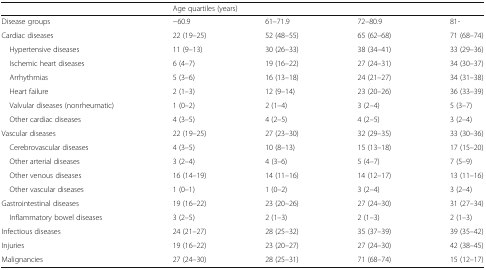
<table><thead><tr><td></td><td colspan="4"><b>Age quartiles (years)</b></td></tr></thead><tbody><tr><td>Disease groups</td><td>−60.9</td><td>61–71.9</td><td>72–80.9</td><td>81-</td></tr><tr><td>Cardiac diseases</td><td>22 (19–25)</td><td>52 (48–55)</td><td>65 (62–68)</td><td>71 (68–74)</td></tr><tr><td> Hypertensive diseases</td><td>11 (9–13)</td><td>30 (26–33)</td><td>38 (34–41)</td><td>33 (29–36)</td></tr><tr><td> Ischemic heart diseases</td><td>6 (4–7)</td><td>19 (16–22)</td><td>27 (24–31)</td><td>34 (30–37)</td></tr><tr><td> Arrhythmias</td><td>5 (3–6)</td><td>16 (13–18)</td><td>24 (21–27)</td><td>34 (31–38)</td></tr><tr><td> Heart failure</td><td>2 (1–3)</td><td>12 (9–14)</td><td>23 (20–26)</td><td>36 (33–39)</td></tr><tr><td> Valvular diseases (nonrheumatic)</td><td>1 (0–2)</td><td>2 (1–4)</td><td>3 (2–4)</td><td>5 (3–7)</td></tr><tr><td> Other cardiac diseases</td><td>4 (3–5)</td><td>4 (2–5)</td><td>4 (2–5)</td><td>3 (2–4)</td></tr><tr><td>Vascular diseases</td><td>22 (19–25)</td><td>27 (23–30)</td><td>32 (29–35)</td><td>33 (30–36)</td></tr><tr><td> Cerebrovascular diseases</td><td>4 (3–5)</td><td>10 (8–13)</td><td>15 (13–18)</td><td>17 (15–20)</td></tr><tr><td> Other arterial diseases</td><td>3 (2–4)</td><td>4 (3–6)</td><td>5 (4–7)</td><td>7 (5–9)</td></tr><tr><td> Other venous diseases</td><td>16 (14–19)</td><td>14 (11–16)</td><td>14 (12–17)</td><td>13 (11–16)</td></tr><tr><td> Other vascular diseases</td><td>1 (0–1)</td><td>1 (0–2)</td><td>3 (2–4)</td><td>3 (2–4)</td></tr><tr><td>Gastrointestinal diseases</td><td>19 (16–22)</td><td>23 (20–26)</td><td>27 (24–30)</td><td>31 (27–34)</td></tr><tr><td> Inflammatory bowel diseases</td><td>3 (2–5)</td><td>2 (1–3)</td><td>2 (1–3)</td><td>2 (1–3)</td></tr><tr><td>Infectious diseases</td><td>24 (21–27)</td><td>28 (25–32)</td><td>35 (37–39)</td><td>39 (35–42)</td></tr><tr><td>Injuries</td><td>19 (16–22)</td><td>23 (20–27)</td><td>27 (24–30)</td><td>42 (38–45)</td></tr><tr><td>Malignancies</td><td>27 (24–30)</td><td>28 (25–31)</td><td>71 (68–74)</td><td>15 (12–17)</td></tr></tbody></table>